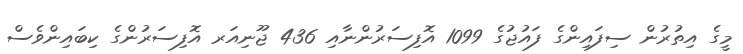
މީގެ އިތުރުން ސިފައިންގެ ފައުޖުގެ 1099 އޮފިސަރުންނާއި 436 ޖޫނިއަރ އޮފިސަރުންގެ ކިބައިންވެސް